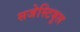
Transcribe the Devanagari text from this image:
सजेस्टिबुल